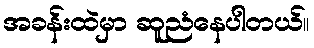
အခန်းထဲမှာ ဆူညံနေပါတယ်။